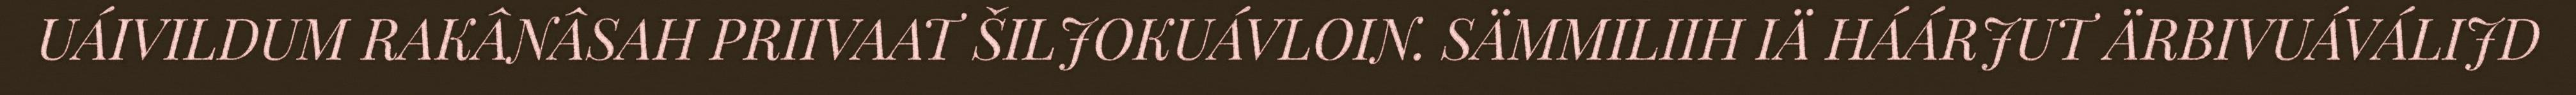
UÁIVILDUM RAKÂNÂSAH PRIIVAAT ŠILJOKUÁVLOIN. SÄMMILIIH IÄ HÁÁRJUT ÄRBIVUÁVÁLIJD